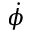
\dot { \phi }